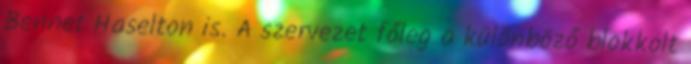
Bennet Haselton is. A szervezet főleg a különböző blokkolt